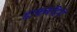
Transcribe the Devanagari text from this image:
ढाकबहिरी